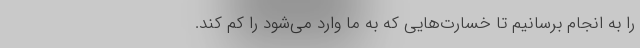
را به انجام برسانیم تا خسارت‌هایی که به ما وارد می‌شود را کم کند.